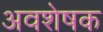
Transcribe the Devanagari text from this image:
अवशेषक